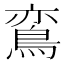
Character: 鵉